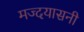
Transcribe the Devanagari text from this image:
मज्दयासनी